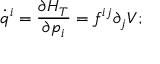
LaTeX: \dot { q } ^ { i } = \frac { \partial H _ { T } } { \partial p _ { i } } = f ^ { i j } \partial _ { j } V ;